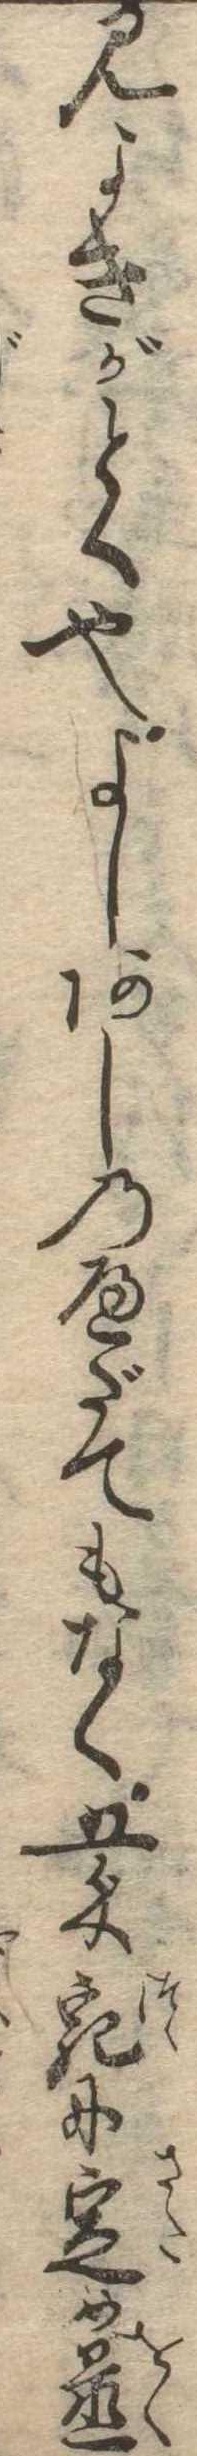
見よきがとく也よしあしのへだてもなく五匁宛に定め置